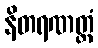
နိတရဏတ္ထံ